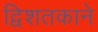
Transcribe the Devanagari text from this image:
द्विशतकाने